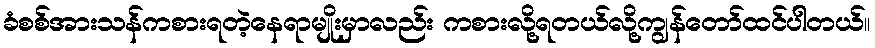
ခံစစ်အားသန်ကစားရတဲ့နေရာမျိုးမှာလည်း ကစားလို့ရတယ်လို့ကျွန်တော်ထင်ပါတယ်။